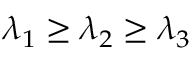
\lambda _ { 1 } \geq \lambda _ { 2 } \geq \lambda _ { 3 }